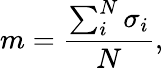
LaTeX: m=\frac{\sum_{i}^{N}\sigma_{i}}{N},